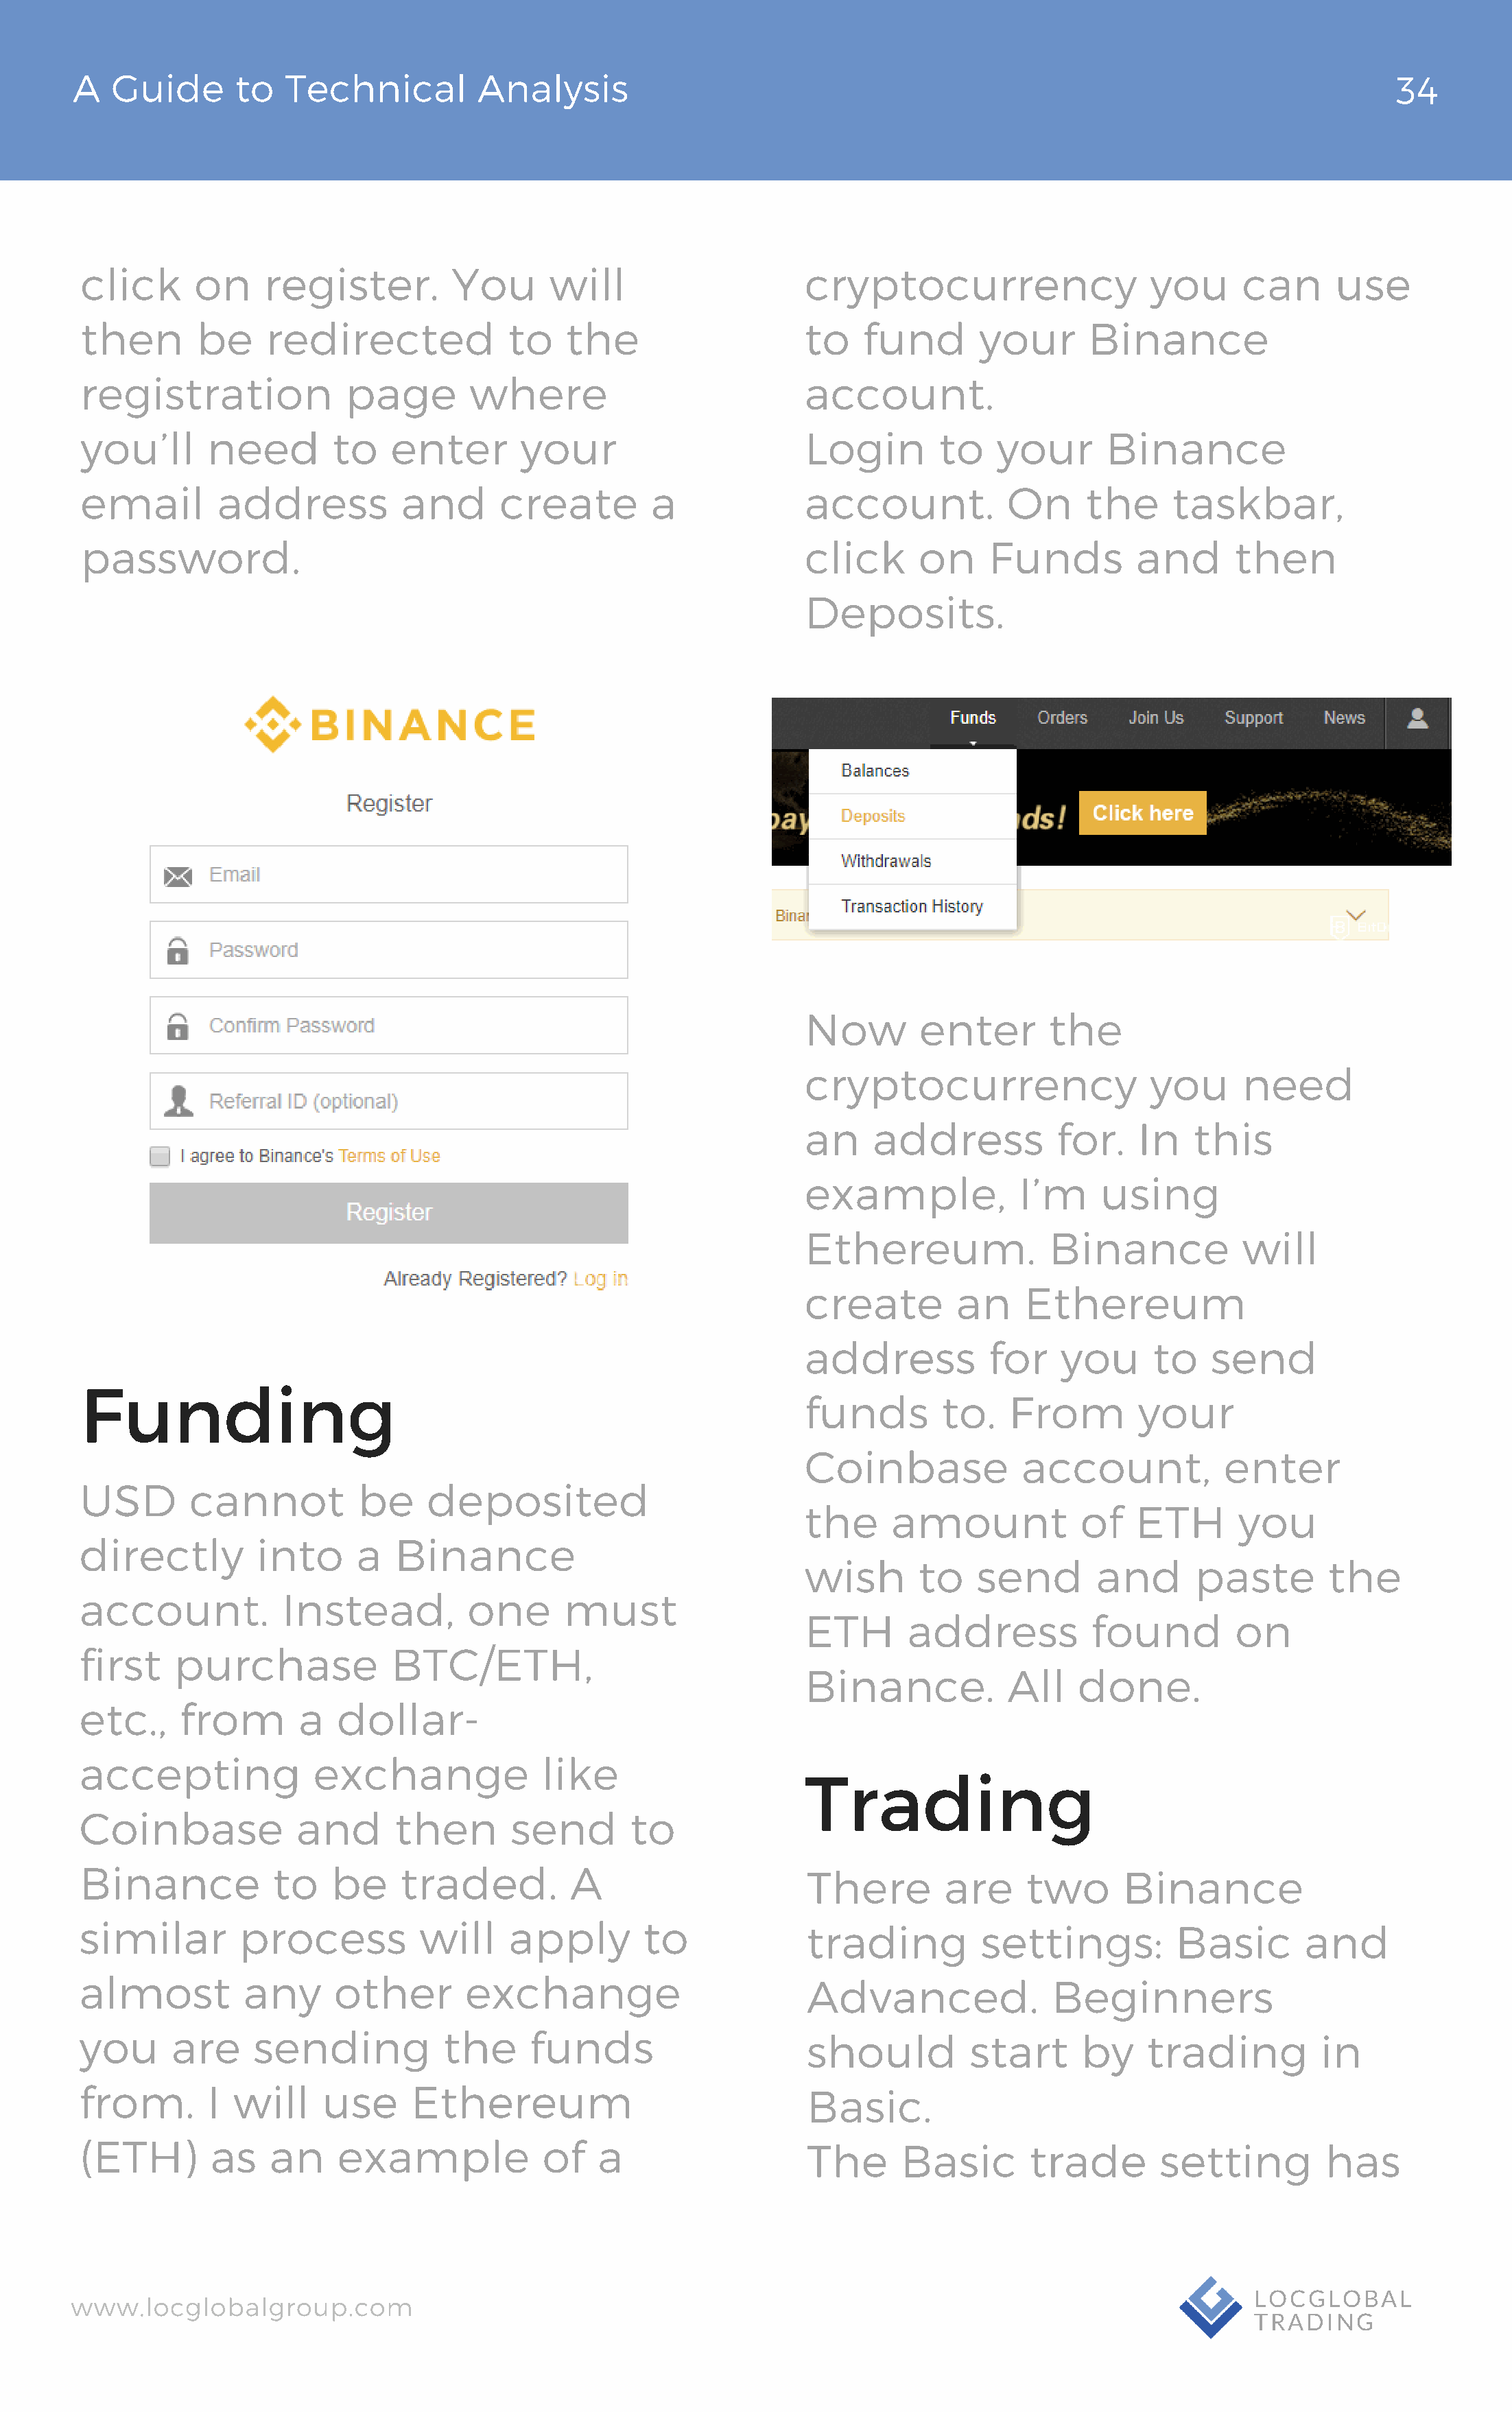
A   Guide       to  Technical          Analysis                                                                                 34
 click      on    register.          You      will                     cryptocurrency                   you      can      use
 then       be     redirected             to    the                    to   fund       your       Binance
 registration             page        where                            account.
 you’ll      need        to    enter       your                        Login        to   your       Binance
 email        address           and      create         a              account.           On      the     taskbar,
 password.                                                             click      on    Funds          and      then
 Deposits.
 Now        enter       the
 cryptocurrency                   you      need
 an    address           for.    In   this
 example,            I’m     using
 Ethereum.              Binance            will
 create        an     Ethereum
 address          for    you      to    send
 Funding
 funds        to.   From         your
 Coinbase             account,           enter
 USD       cannot          be     deposited
 the     amount            of    ETH      you
 directly         into     a   Binance
 wish       to   send        and      paste        the
 account.           Instead,          one      must
 ETH       address          found         on
 first    purchase             BTC/ETH,
 Binance.           All    done.
 etc.,    from        a   dollar-
 accepting             exchange              like
 Trading
 Coinbase             and      then       send        to
 Binance           to    be     traded.         A
 There        are     two      Binance
 similar        process          will     apply        to
 trading          settings:         Basic        and
 almost         any      other        exchange
 Advanced.              Beginners
 you      are    sending            the     funds
 should          start     by     trading         in
 from.       I  will    use      Ethereum
 Basic.
 (ETH)       as    an     example            of    a
 The      Basic       trade        setting         has
 www.locglobalgroup.com                                                                                            LOCGLOBAL
 TRADING